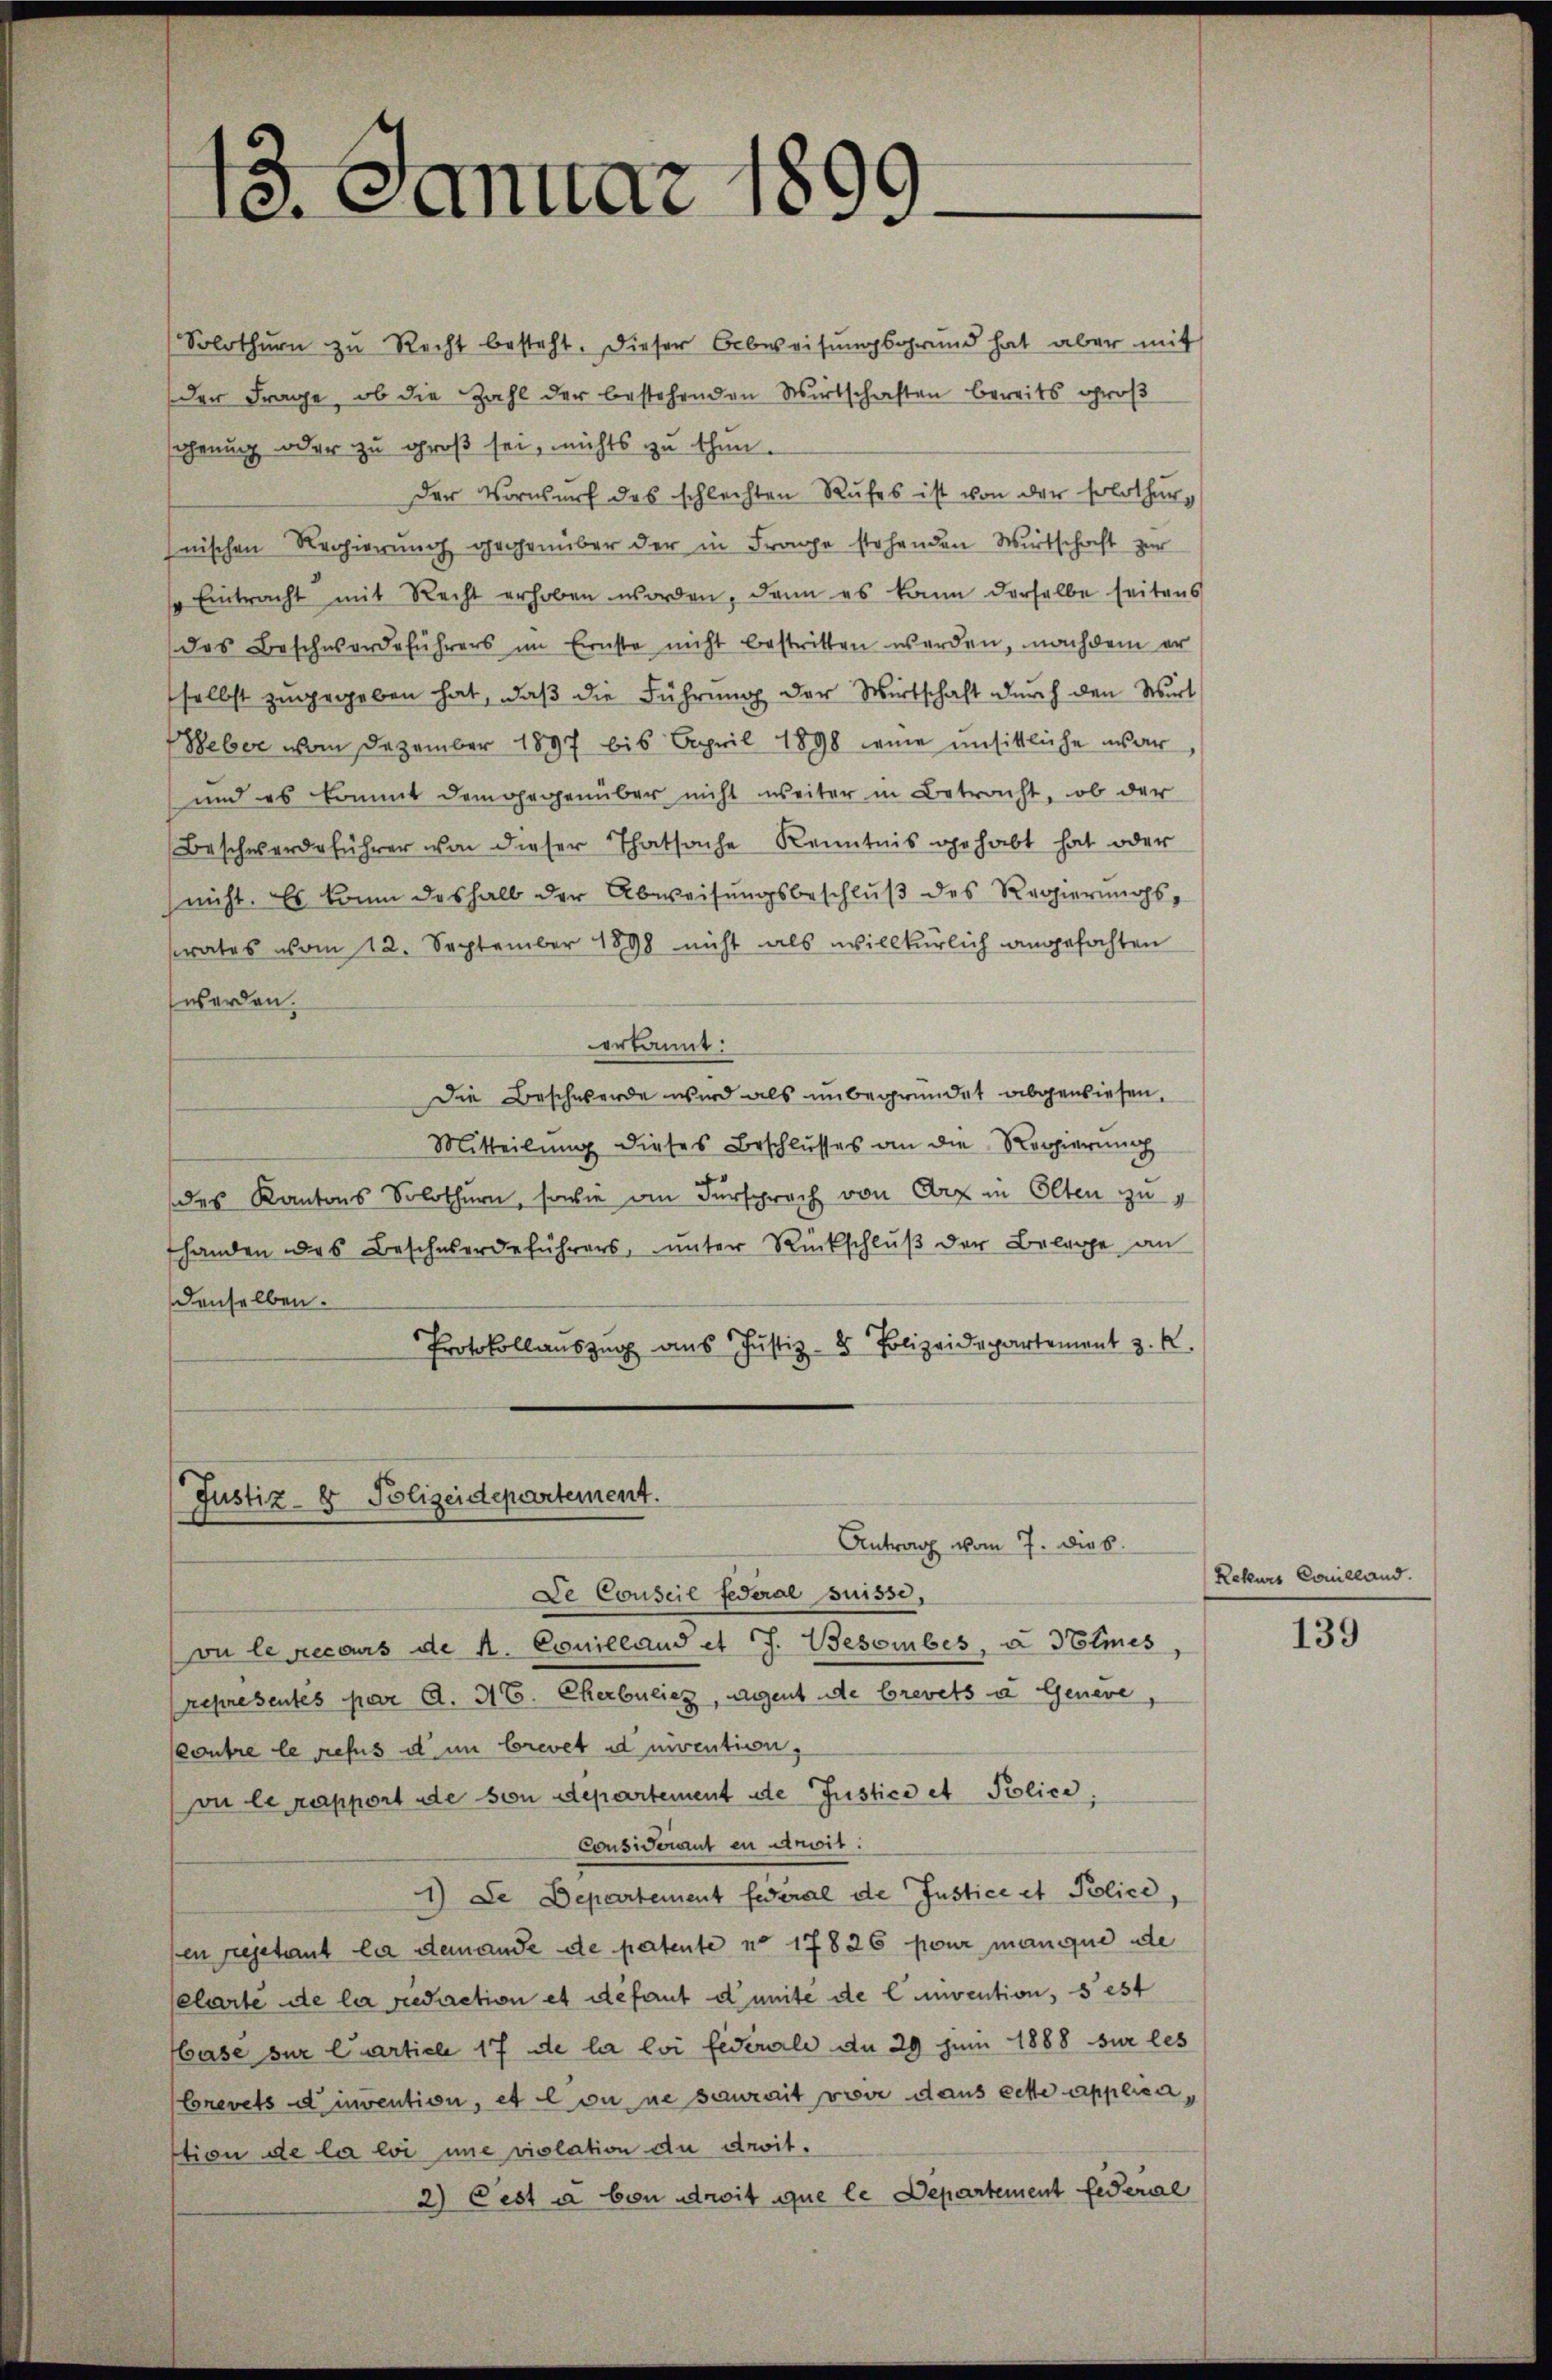
13. Januar 186
-

Solothurn zu Recht besteht. Dieser Abweisŭngsgrund hat aber mit
der Frage, ob die Zahl der bestehenden Wirtschaften bereits groß
fahrung oder zu groß sei, nichts zu thun.
Der Vorwurf des schlechten Rufes ist von der solothurg
nischen Regierung gegenüber der in Frage stehenden Wirtschaft zur
Eintracht mit Recht erhoben worden, dann es kann derselbe seitens
das Beschwerdeführers im Ernste nicht bestritten werden, nachdem er
selbst zugegeben hat, daß die Führung der Wirtschaft durch den Wirt
Weber vom Dezember 1897 bis April 1898 eine unsittliche war
und es kommt demgegenüber nicht weiter in Betracht, ob der
Beschwerdeführer von dieser Thatsache Kenntnis gehabt hat oder
nicht. Es kann deshalb der Abweisŭngsbeschlŭβ des Regierungsrates vom 12. September 1898 nicht als willkürlich angefochten
werden.
erkannt:
Die Beschwerde wird als unbegründet abgewiesen.
Mitteilung dieses Beschlusses an die Regierung
des Kantons Solothurn, sowie an Fürsprach von der in Olten zu
fhanden des Beschwerdeführers, unter Rückschlŭβ der Belage an
denselben.
Protokollauszug aus Justiz- & Polizeidepartement z. K.

Justiz- & Polizeidepartement.
Antrag vom 7. Dieb.

De Conseil federal Suisse,
vu le recours de K. Couilland et J. Besombes, u. Sties,
representes par A. H. Ekerbulier, Agent de brevets u Geneve,
outre le refus d. im brevet ad nivention,
vu le rapport de von Departement de Justico et Police.
Considerant en anwit:
1) Le Departement federal de Justice et Police,
sen rejetant la demande de patente no 17826 pour manque ade
elarte de la redretion et défaut d’unité de livention, sest
Gase zur Curticle 17 de la loi fédérale du 29 zum 1888 sur les
brevets d’invention, et Con ne saurait voir dans cette applicastion de la loi ne violation du droit.
2) Cest a von droit que le Departement federal

Rekurs Couilland.

139